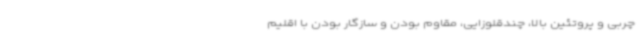
چربی و پروتئین بالا، چندقلوزایی، مقاوم بودن و سازگار بودن با اقلیم